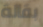
بقالة